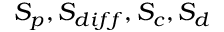
S _ { p } , S _ { d i f f } , S _ { c } , S _ { d }